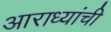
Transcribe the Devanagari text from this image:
आराध्यांची